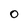
Character: O